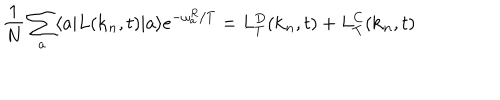
LaTeX: \frac { 1 } { N } \sum _ { a } \langle a | L ( { \bf k } _ { n } , t ) | a \rangle e ^ { - \omega _ { a } ^ { R } / T } = L _ { T } ^ { D } ( { \bf k } _ { n } , t ) + L _ { T } ^ { C } ( { \bf k } _ { n } , t )